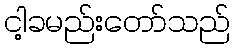
ငါ့ခမည်းတော်သည်